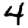
Digit: 4